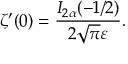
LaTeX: \zeta ^ { \prime } ( 0 ) = \frac { I _ { 2 \alpha } ( - 1 / 2 ) } { 2 \sqrt \pi \varepsilon } { . }